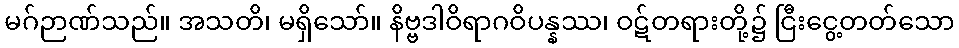
မဂ်ဉာဏ်သည်။ အသတိ၊ မရှိသော်။ နိဗ္ဗဒါဝိရာဂဝိပန္နဿ၊ ဝဋ်တရားတို့၌ ငြီးငွေ့တတ်သော